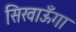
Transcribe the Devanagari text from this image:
सिखाऊँगा